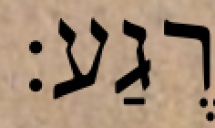
רֶגַע: